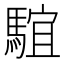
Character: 𩤒